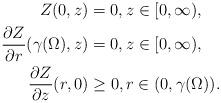
LaTeX: \begin{align*}Z(0,z) & =0,z\in[0,\infty), \\\frac{\partial Z}{\partial r}(\gamma(\Omega),z) & =0,z\in[0,\infty), \\\frac{\partial Z}{\partial z}(r,0) & \geq0,r\in(0,\gamma(\Omega)).\end{align*}